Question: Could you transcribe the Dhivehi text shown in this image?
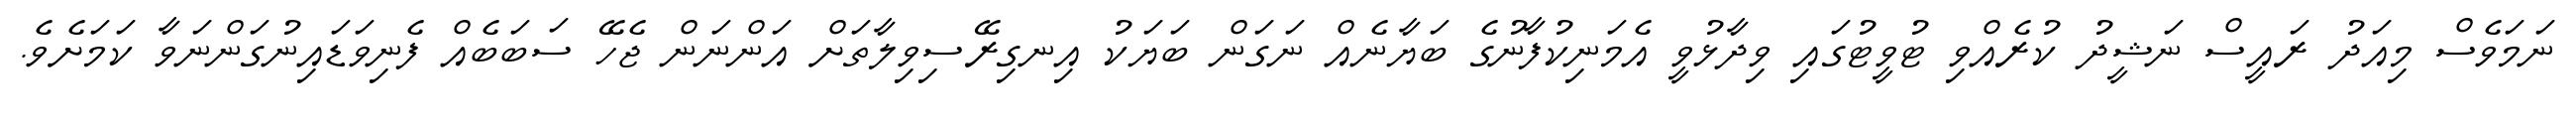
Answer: ނަމަވެސް މިއަދު ރައީސް ނަޝީދު ކުރެއްވި ޓުވީޓުގައި ވިދާޅުވީ އެމަނިކުފާނުގެ ބަޔާނެއް ނަގަން ބަޔަކު އިނގިރޭސިވިލާތަށް އަންނަން ޖެހޭ ސަބަބެއް ފެނިވަޑައިނުގަންނަވާ ކަމަށެވެ.